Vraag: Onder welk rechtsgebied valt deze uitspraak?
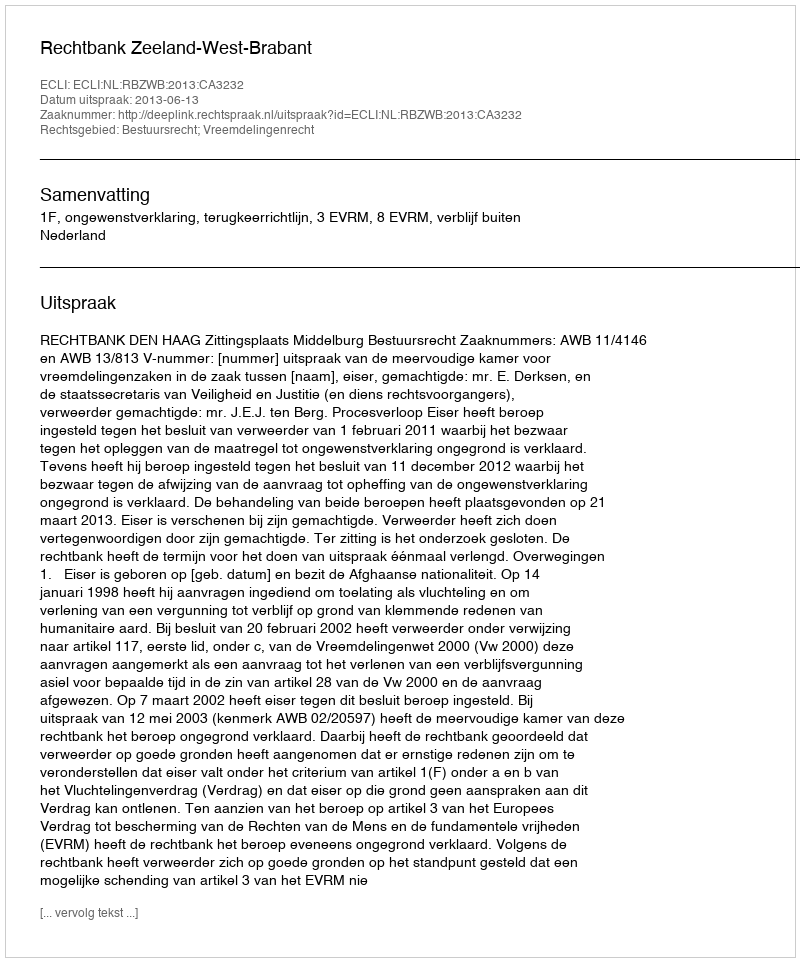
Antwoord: Bestuursrecht; Vreemdelingenrecht